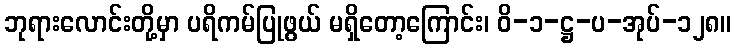
ဘုရားလောင်းတို့မှာ ပရိကမ်ပြုဖွယ် မရှိတော့ကြောင်း၊ ဝိ-၁-ဋ္ဌ-ပ-အုပ်-၁၂၈။